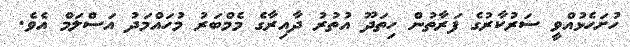
ހުށަހެޅުއްވީ ސަރުކާރުގެ ފަރާތުން ހިތަދޫ އުތުރު ދާއިރާގެ މެމްބަރު މުހައްމަދު އަސްލަމް އެވެ.